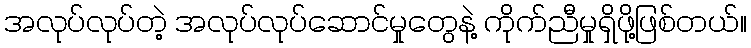
အလုပ်လုပ်တဲ့ အလုပ်လုပ်ဆောင်မှုတွေနဲ့ ကိုက်ညီမှုရှိဖို့ဖြစ်တယ်။